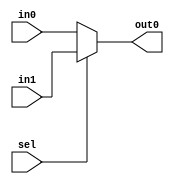
module mux2(
    input [1:0] in0,
    input [1:0] in1,
    input sel,
    output [1:0] out0
    );
    
    assign out0 = (sel == 1) ? in1 : in0;
    
endmodule